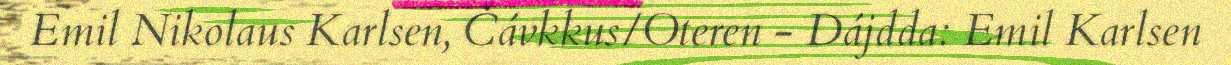
Emil Nikolaus Karlsen, Čávkkus/Oteren - Dájdda: Emil Karlsen